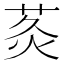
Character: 𮏅